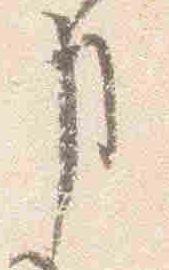
事